Report on sanitation, dispensaries, and jails in Rajputana for 1920, and on vaccination for the year 1920-1921 - 1920-1921
Year: 1920
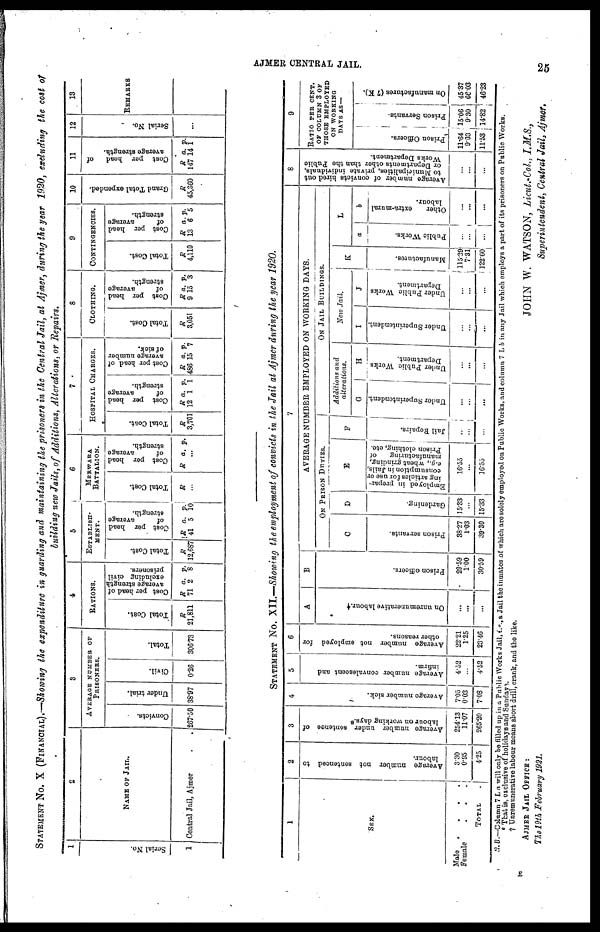
AJMER CENTRAL JAIL.
25
STATEMENT No. X (FINANCIAL).—Showing the expenditure in guarding and maintaining the prisoners in the Central Jail, at Ajmer, during the year 1920, excluding the cost of
building new Jails, of Additions, Alterations, or Repairs.
1
Serial No.
1
2
NAME OF JAIL.
Central Jail, Ajmer . .
3
AVERAGE NUMBER OF
PRISONERS.
Convicts.
267.50
Under trial.
38.97
Civil.
0.26
Total.
306.73
4
RATIONS.
Total Cost.
R
21,811
Cost per head of
average strength
excluding civil
prisoners.
R
71
a.
2
p.
8
5
ESTABLISH-
MENT.
Total Cost.
R
12,687
Cost per head
of
average
strength.
R
41
a.
5
p.
10
6
MERWARA
BATTALION.
Total Cost.
R
...
Cost per head
of
average
strength.
R a. p.
...
7
HOSPITAL CHARGES.
Total Cost.
R
3,701
Cost per head
of
average
strength.
R
12
a.
1
p.
1
Cost per head of
average number
of sick.
R
486
a.
15
p.
7
8
CLOTHING.
Total Cost.
R
3,051
Cost per head
of
average
strength.
R
9
a.
15
p.
3
9
CONTINGENCIES.
Total Cost.
R
4,110
Cost per head
of
average
strength.
R
13
a.
6
p.
5
10
Grand Total expended.
R
45,360
11
Cost per head
of
average strength.
R
147
a.
14
p.
1
12
Serial No.
...
13
REMARKS
STATEMENT No. XII.—Showing the employment of convicts in the Jail at Ajmer during the year 1920.
1
SEX.
Male
.
.
.
.
Female
.
.
.
TOTAL .
2
Average number not sentenced to
labour.
3.30
0.95
4.25
3
Average number under sentence of
labour on working days.*
254.13
11.07
265.20
4
Average number sick.
7.05
0.03
7.08
5
Average number convalescent and
infirm.
4.52
...
4.52
6
Average number not employed for
other reasons.
22.21
1.25
23.46
7
A
On unremunerative labour. †
...
...
...
B
Prison officers.
29.59
1.00
30.59
AVERAGE NUMBER EMPLOYED ON WORKING DAYS.
ON PRISON DUTIES.
C
Prison servants.
38.27
1.03
39.30
D
Gardening.
15.33
...
15.33
E
Employed in prepar-
ing articles for use or
consumption in Jails,
e.g., wheat grinding,
manufacturing
of
Prison clothing, etc.
16.55
...
16.55
F
Jail Repairs.
...
...
...
ON JAIL BUILDINGS.
Additions and
alterations.
G
Under Superintendent
...
...
...
H
Under Public Works
Department.
...
...
...
New Jail.
I
Under Superintendent.
...
...
...
J
Under Public Works
Department.
...
...
...
K
Manufactures.
115.29
7.31
122.60
L
a
Public Works.
...
...
...
b
Other
extra-mural
labour.
...
...
...
8
Average number of convicts hired out
to Municipalities, private individuals,
or Departments other than the Public
Works Department.
...
...
...
9
RATIO PER CENT.
OF COLUMN 3 OF
THOSE EMPLOYED
ON WORKING
DAYS AS —
Prison Officers.
11.64
9.03
11.53
Prison Servants.
15.06
9.30
14.82
On manufactures (7 K).
45.37
66.03
46.23
N. B.—Column 7 L a will only be filled up in a Public Works Jail, i.e., a Jail the inmates of which are solely employed on Public Works, and column 7 L b in any Jail which employs a part of its prisoners on Public Works.
*That is, exclusive of holidays and
Sundays.
† Unremunerative labour means short drill, crank, and the like.
E
AJMER JAIL OFFICE:
The 19th February 1921.
JOHN W. WATSON, Lieut.-Col., I.M.S.,
Superintendent, Central Jail, Ajmer.